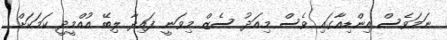
ނަމަވެސް އިންޑިއާގައި ވެސް މިއަދު ސެޒް މިވަނީ ފައިދާ ލިބޭ އުއްމީދީ ކަމަކަށް